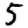
Digit: 5